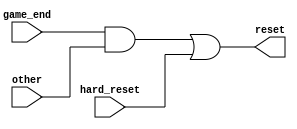
`timescale 1ns / 1ps
//////////////////////////////////////////////////////////////////////////////////
// Company: 
// Engineer: 
// 
// Design Name: 
// Module Name:    game_reset 
// Project Name: 
// Target Devices: 
// Tool versions: 
// Description: 
//
// Dependencies: 
//
// Revision: 
// Revision 0.01 - File Created
// Additional Comments: 
//
//////////////////////////////////////////////////////////////////////////////////
module game_reset(
	input game_end,
	input other,
	input hard_reset,
	output reset
 );
 
 assign reset = (game_end && other) || (hard_reset);


endmodule